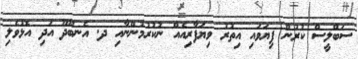
ސަބްލީސް ކުރުން ފިޔަވައި އިތުރު ވިޔަފާރިއެއް ނުކުރުމުންނާއި ދ. އެނބޫދޫ އަދި އޮޅުވެލި